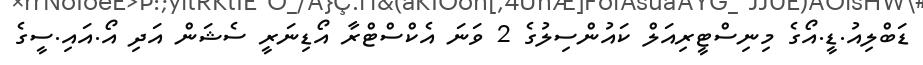
ޑަބްލިއު.ޑީ.އޯގެ މިނިސްޓީރިއަލް ކައުންސިލުގެ 2 ވަނަ އެކްސްޓްރާ އޯޑިނަރީ ސެޝަން އަދި އޯ.އައި.ސީގެ